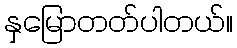
နှမြောတတ်ပါတယ်။